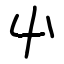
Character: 屮